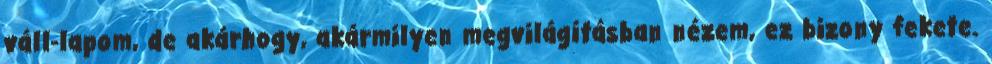
váll-lapom, de akárhogy, akármilyen megvilágításban nézem, ez bizony fekete.